Vital statistics of India. Vol. VI, European troops 1870-79
Year: 1870
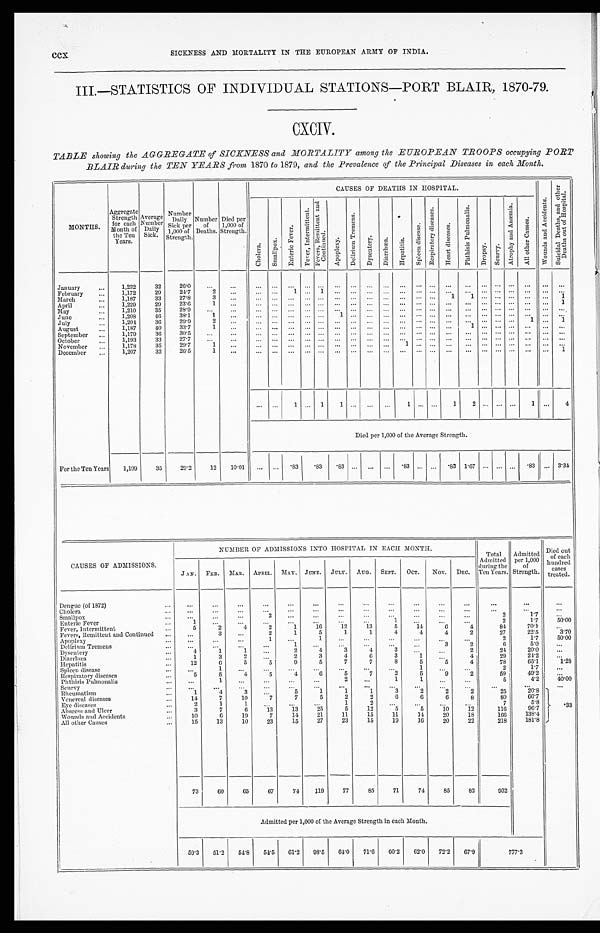
CCX
SICKNESS AND MORTALITY IN THE EUROPEAN ARMY OF INDIA.
III.—STATISTICS OF INDIVIDUAL STATIONS—PORT BLAIR, 1870-79.
CXCIV.
TABLE showing the AGGREGATE of SICKNESS and MORTALITY among the EUROPEAN TROOPS occupying PORT
BLAIR during the TEN YEARS from 1870 to 1879, and the Prevalence of the Principal Diseases in each Month.
MONTHS.
Aggregate
Strength
for each
Month of
the Ten
Years.
Average
Number
Daily
Sick.
Number
Daily
S i c k p e r 1 , 0 0 0of
Strength.
Number
of
Deaths.
Died per
1,000 of
Strength.
CAUSES OF DEATHS IN HOSPITAL.
W o u n d s a n d A c c i d e n t s .
S u i c i d e l D e a t h s a n d o t h e r D e a t h s o u t o f H o s p i t a l .
C h o l e r a .
S m a l l p o x .
E n t e r i c F e v e r .
F e v e r , I n t e r m i t t e n t .
F e v e r s , R e m i t t e n t a n d C o n t i n u e d .
A p o p l e x y .
D e l i r i u m T r e m e n s .
D y s e n t e r y .
D i a r r h œ a .
H e p a t i t i s .
S p l e e n d i s e a s e s .
R e s p i r a t o r y d i s e a s e s .
H e a r t d i s e a s e s .
Ph t h i s i s Pu l mo n a l i s .
D r o p s y .
S c u r v y .
A t r o p h y a n d A n æ m i a .
A l l o t h e r C a u s e s .
Januar y
1 , 2 3 2
32
26.0
...
...
...
. . .
. . .
. . .
. . .
. . .
. . .
. . .
. . .
...
. . .
. . .
. . .
...
. . .
. . .
. . .
. . .
. . . ...
February
1,172
29
24.7
2
...
. . .
. . .
1
. . . 1
. . .
. . .
. . .
. . .
...
. . .
. . .
... ...
. . .
. . .
. . .
. . .
. . . ...
March
1,187
33
2 7 . 8
3
. . . .
. . .
. . .
. . .
. . .
. . .
. . .
. . .
. . .
. . .
...
. . .
. . .
1 1
. . .
. . .
. . .
. . .
. . .
1
April
1,229
29
23.6
1
...
...
...
...
... ...
...
. . .
. . .
. . .
...
. . .
. . .
. . .
...
. . .
. . .
. . .
. . . ...
1
May
1,210
35
28.9
. . .
. . .
. . .
. . .
. . .
. . .
. . .
. . .
. . .
. . .
. . .
...
. . .
. . .
. . .
...
. . .
. . .
. . .
. . .
. . .
. . .
June
1,208
46
38.1
1
...
. . .
...
. . . ... ...
1
. . .
. . .
. . . ...
. . .
. . . ...
...
. . . ...
. . .
. . .
. . . ...
July
1,204
36
2 9 . 9
2
...
. . .
...
. . .
. . .
. . .
. . .
. . .
. . .
. . .
...
. . .
. . .
...
...
. . .
. . .
. . .
1
. . .
1
A u g u s t
1,187
40
33.7
1
. . .
. . .
. . . ...
... ...
...
...
...
...
...
. . .
. . .
. . . 1
. . .
. . .
. . ....
. . .
...
September
1,179
36
30.5
. . .
...
. . .
. . .
. . .
. . .
. . .
. . .
. . .
. . .
. . .
.....
. . .
. . .
. . .
...
. . .
. . .
. . .
. . .
. . .
. . .
October
1,193
33
27.7
. . .
. . .
. . .
. . .
. . .
. . .
. . .
. . .
. . .
. . .
...
. . .
. . .
. . .
...
. . .
. . .
. . .
. . .
. . .
. . .
November
1,178
35
2 9 . 7
1
...
...
...
...
... ...
. . .
. . .
. . .
. . .
1
. . .
. . . ... ...
. . .
. . .
. . .
...
. . .
. . .
December
For the Ten Years
1,207
32
2 6 . 5
1
...
...
...
...
. . . ...
. . .
. . .
. . .
. . .
...
. . .
. . .
. . .
...
. . .
. . .
. . .
. . .
. . .
1
...
...
1
. . . 1
1
. . .
. . .
. . .
1
. . . ...
1 2
. . .
. . .
. . .
1
. . .
4
Died per 1,000 of the Average Strength.
1,199
35
29.2
12
10.01
...
...
. 8 3
.83
.83 ...
...
...
.83 ... ...
. 83 1.67
. . . ... ...
. 8 3 ...
3.34
CAUSES OF ADMISSIONS.
NUMBER OF ADMISSIONS INTO HOSPITAL IN EACH MONTH.
Total
Admitted
during the
Ten Years.
Admitted
per 1,000
of
Strength.
Died out
of each
hundred cases treated.
JAN.
FEB.
MAR.
APRIL.
MAY. JUNE.
JULY.
AUG.
SEPT.
OCT.
Nov.
DEC.
Dengue (of 1872)
...
. . .
...
...
...
...
...
...
. . .
...
...
...
...
...
...
Cholera
. . .
. . .
. . .
. . .
. . .
. . .
. . .
. . .
. . .
. . .
. . .
. . .
. . .
. . .
...
Smallpox
. . .
. . .
. . .
2
. . .
. . . . .
. . .
. . .
. . .
. . . . .
. . .
. . .
2
1 . 7
. . .
E n t e r i c F e v e r
1
. . .
. . .
. . .
. . .
. . .
. . .
...
1
. . .
. . .
. . .
2
1.7
50.00
F e v e r , I n t e r m i t t e n t
...
Fever, Intermittent
5
2
4
2
1
16
12
13
5
1 4
6
4
84
70.1
...
Fevers, Remittent and Continue
. . .
3
. . .
2
1
5
1
1
4
4
4
2
27
22.5
3.70
Apoplexy
. . .
. . .
. . .
1
. . .
1
. . .
. . .
. . .
. . .
. . .
. . .
2
1.7
50.00
Delirium Tremen
. . .
. . .
. . .
1
. . .
. . .
. . .
. . .
. . .
. . .
2
6
5.0
...
D y s e n t e r y
4
1
1
. . .
...
2
4
3
4
3
. . .
. . .
2
24
20.0
. . .
Diarrhœa
1
3
2
. . .
2
3
4
6
3
1
. . .
4
29
24.2
. . .
Hepatitis
12
6
5
5
9
5
7
7
8
5
5
4
7 8
65.1
1 . 2 8
Spleen disease
. . .
1
...
. . .
. . .
...
...
. . .
...
1
. . .
. . .
2
1.7
...
Respiratory diseases
5
5
4
5
4
6
5
7
2
5
9
2
59
49.2 ...
Phthisis Pulmonalis
...
1
...
...
. . .
...
2
. . .
1
1
. . .
. . .
5
4.2 1
40.00
Scurvyy..
. . .
. . .
. . .
. . .
. . .
. . .
. . .
. . .
.....
. . .
. . .
. . .
. . .
. . .
Rheumatism
1
4
3
. . .
5
1
1
1
3
2
2
2
25
20.8
.33
Venereal diseases
1 4
7
10
7
7
5
2
2
6
6
6
8
8 0
66.7
E y e d i s e a s e s
2
1
1
...
...
...
1
. . .
. . .
. . .
. . .
7
5.8
Abscess and Ulcer
3
7
6
13
13
25
5
12
5
5
10
12
116
9 6 . 7
W o u n d s a n d A c c i d e n t s
10
6
19
7
14
21
11
15
11
14
20
18
166
138.4
All other Causes
1 5
13
10
23
15
27
23
15
19
16
20
22
218
181.8
73
60
65
67
74
119
77
85
71
74
85
82
932
Admitted per 1,000 of the Average Strength in each Month.
59 . 3
51.2
54.8
54.5
61.2
98.5
64.0
71.6
60.2
62.0
72.2
67.9
777.3